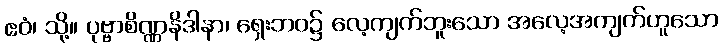
ဧဝံ၊ သို့။ ပုဗ္ဗာစိဏ္ဏနိဒါနာ၊ ရှေးဘဝ၌ လေ့ကျက်ဘူးသော အလေ့အကျက်ဟူသော